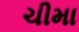
ચીમા